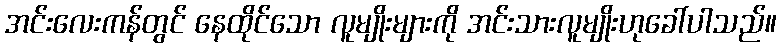
အင်းလေးကန်တွင် နေထိုင်သော လူမျိုးများကို အင်းသားလူမျိုးဟုခေါ်ပါသည်။